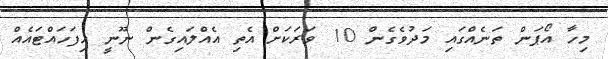
މިހާ އޯޕަން ތަނެއްގައި މަދުވެގެން 10 ވަރަކަށް އެތި އެއްލައިގެން ނޫނީ ހިފަހައްޓައެއް